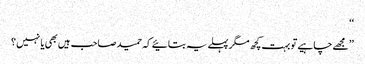
‘‘
’’ مجھے چاہیے تو بہت کچھ مگر پہلے یہ بتائیے کہ حمید صاحب ہیں بھی یا نہیں ؟